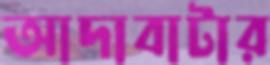
আদাবাটার